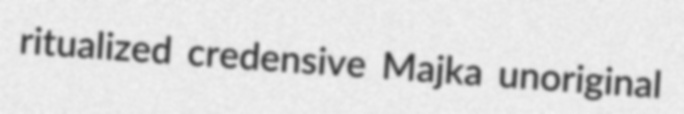
ritualized credensive Majka unoriginal